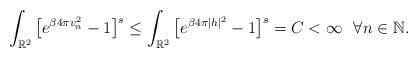
LaTeX: \begin{align*}\int_{\mathbb{R}^2}\big[ e^{ \beta4\pi v_n ^{2}} -1 \big]^s\leq \int_{\mathbb{R}^2}\big[ e^{ \beta4\pi |h|^{2}} -1 \big]^s=C < \infty \,\,\,\, \forall n \in \mathbb{N}.\end{align*}